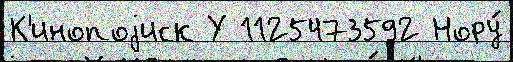
К'инопоjиск У 1125473592 Нору́